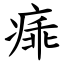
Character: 㾩